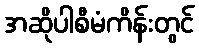
အဆိုပါစီမံကိန်းတွင်